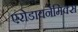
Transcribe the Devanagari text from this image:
एरोडायनेमिक्स